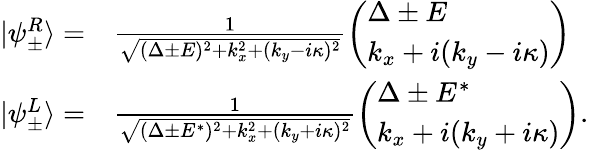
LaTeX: \begin{array}{rl}{|\psi_{\pm}^{R}\rangle=}&{{}\frac{1}{\sqrt{(\Delta\pm E)^{2}+k_{x}^{2}+(k_{y}-i\kappa)^{2}}}\left(\begin{array}{l}{\Delta\pm E}\\ {k_{x}+i(k_{y}-i\kappa)}\end{array}\right)}\\ {|\psi_{\pm}^{L}\rangle=}&{{}\frac{1}{\sqrt{(\Delta\pm E^{*})^{2}+k_{x}^{2}+(k_{y}+i\kappa)^{2}}}\left(\begin{array}{l}{\Delta\pm E^{*}}\\ {k_{x}+i(k_{y}+i\kappa)}\end{array}\right).}\end{array}